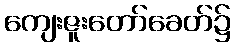
ကျေးဇူးတော်ခေတ်၌